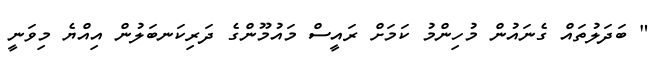
" ބަދަލުތައް ގެނައުން މުހިންމު ކަމަށް ރައީސް މައުމޫންގެ ދަރިކަނބަލުން އިއްޔެ މިވަނީ